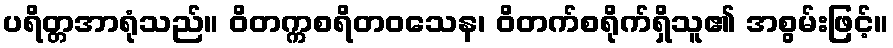
ပရိတ္တအာရုံသည်။ ဝိတက္ကစရိတဝသေန၊ ဝိတက်စရိုက်ရှိသူ၏ အစွမ်းဖြင့်။